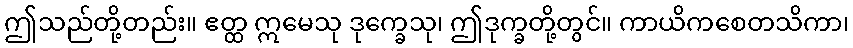
ဤသည်တို့တည်း။ ဧတ္ထ ဣမေသု ဒုက္ခေသု၊ ဤဒုက္ခတို့တွင်။ ကာယိကစေတသိကာ၊